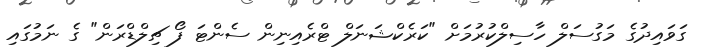
ގަވައިދުގެ މަގުސަލް ހާސިލްކުރުމަށް "ކަރެކްޝަނަލް ޓްރެއިނިން ސެންޓަ ފޯ ޗިލްޑްރަން" ގެ ނަމުގައި